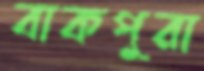
বাকপুরা